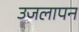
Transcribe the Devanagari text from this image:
उजलापन